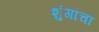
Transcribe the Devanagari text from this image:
शुंगांचा